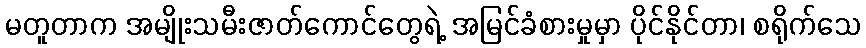
မတူတာက အမျိုးသမီးဇာတ်ကောင်တွေရဲ့ အမြင်ခံစားမှုမှာ ပိုင်နိုင်တာ၊ စရိုက်သေ